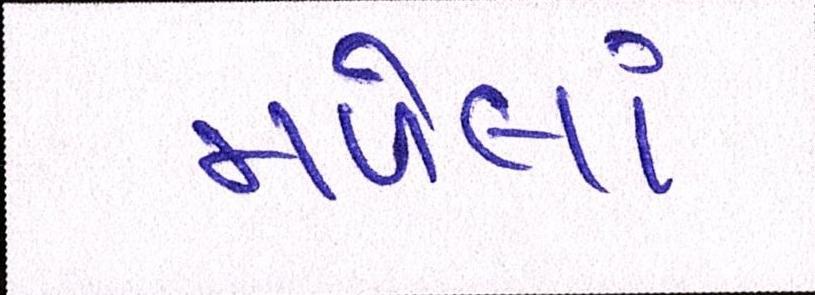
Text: મળેલાં